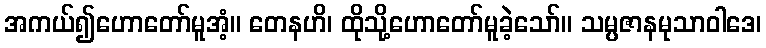
အကယ်၍ဟောတော်မူအံ့။ တေနဟိ၊ ထိုသို့ဟောတော်မူခဲ့သော်။ သမ္ပဇာနမုသာဝါဒေ၊